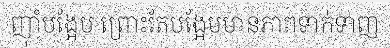
ញ៉ាំបង្អែម ព្រោះតែបង្អែមមានភាពទាក់ទាញ